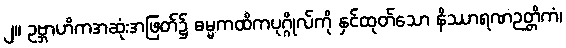
၂။ ဥဗ္ဘာဟိကအဆုံးအဖြတ်၌ ဓမ္မကထိကပုဂ္ဂိုလ်ကို နှင်ထုတ်သော နိဿာရဏဉတ္တိကံ၊